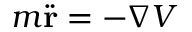
m { \ddot { \mathbf { r } } } = - \nabla V